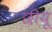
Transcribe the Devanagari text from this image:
छीयू